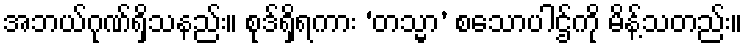
အဘယ်ဂုဏ်ရှိသနည်း။ စုဒ်ရှိရကား ‘တသ္မာ’ စသောပါဌ်ကို မိန့်သတည်း။